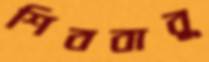
শিববাবু